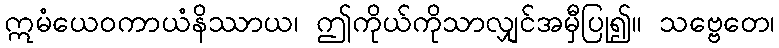
ဣမံယေဝကာယံနိဿာယ၊ ဤကိုယ်ကိုသာလျှင်အမှီပြု၍။ သဗ္ဗေတေ၊